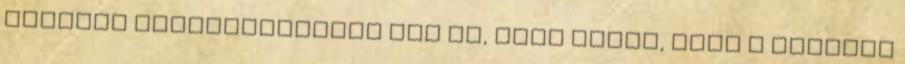
bíróság megállapította azt is, hogy azzal, hogy a csoport